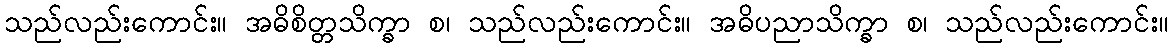
သည်လည်းကောင်း။ အဓိစိတ္တသိက္ခာ စ၊ သည်လည်းကောင်း။ အဓိပညာသိက္ခာ စ၊ သည်လည်းကောင်း။